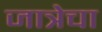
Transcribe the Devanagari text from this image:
जात्रेचा